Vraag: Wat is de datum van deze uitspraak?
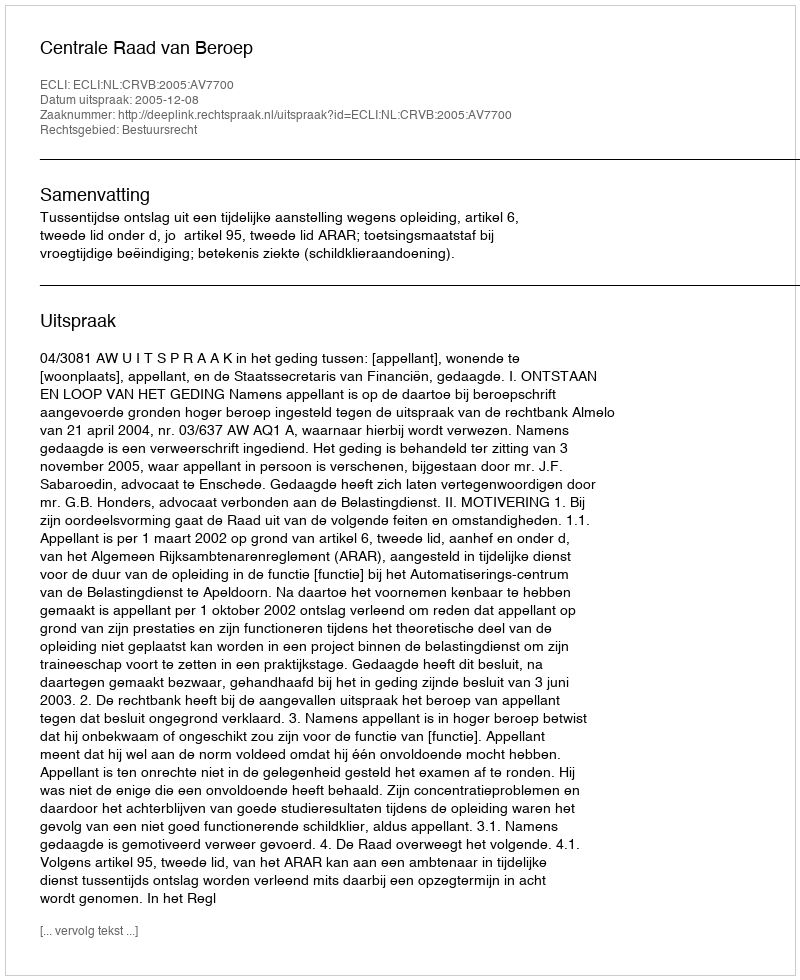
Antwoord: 2005-12-08